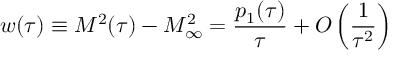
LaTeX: w ( \tau ) \equiv { \cal M } ^ { 2 } ( \tau ) - { \cal M } _ { \infty } ^ { 2 } = { \frac { p _ { 1 } ( \tau ) } { \tau } } + { \cal O } \left( { \frac { 1 } { \tau ^ { 2 } } } \right)